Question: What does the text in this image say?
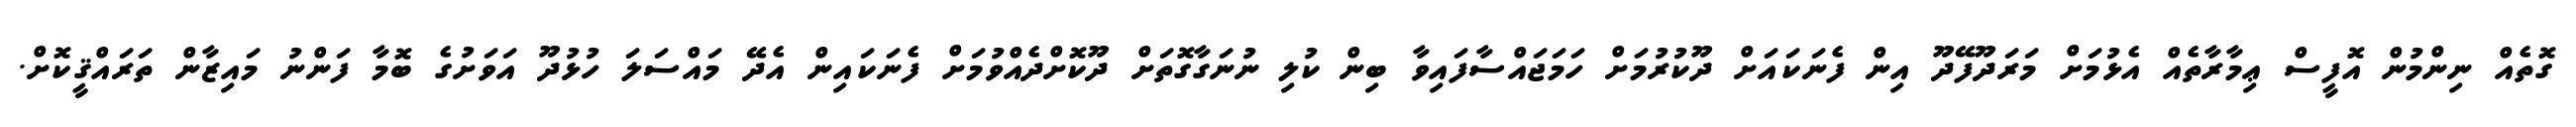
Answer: ގޮތެއް ނިންމުން އޮފީސް ޢިމާރާތެއް އެޅުމަށް މަރަދޫފޭދޫ އިން ފެނަކައަށް ދޫކުރުމަށް ހަމަޖައްސާފައިވާ ބިން ކުލި ނުނަގާގޮތަށް ދޫކޮށްދެއްވުމަށް ފެނަކައިން އެދޭ މައްސަލަ ހުޅުދޫ އަވަށުގެ ބޮމާ ފަންނު މައިޒާން ތަރައްޤީކޮށް.